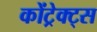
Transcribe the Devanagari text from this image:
कोंट्रेक्ट्स